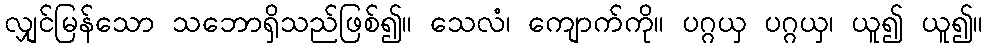
လျှင်မြန်သော သဘောရှိသည်ဖြစ်၍။ သေလံ၊ ကျောက်ကို။ ပဂ္ဂယှ ပဂ္ဂယှ၊ ယူ၍ ယူ၍။